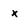
Character: x